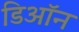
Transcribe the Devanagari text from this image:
डिऑन